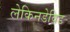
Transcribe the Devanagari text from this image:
लेकिनडेविड